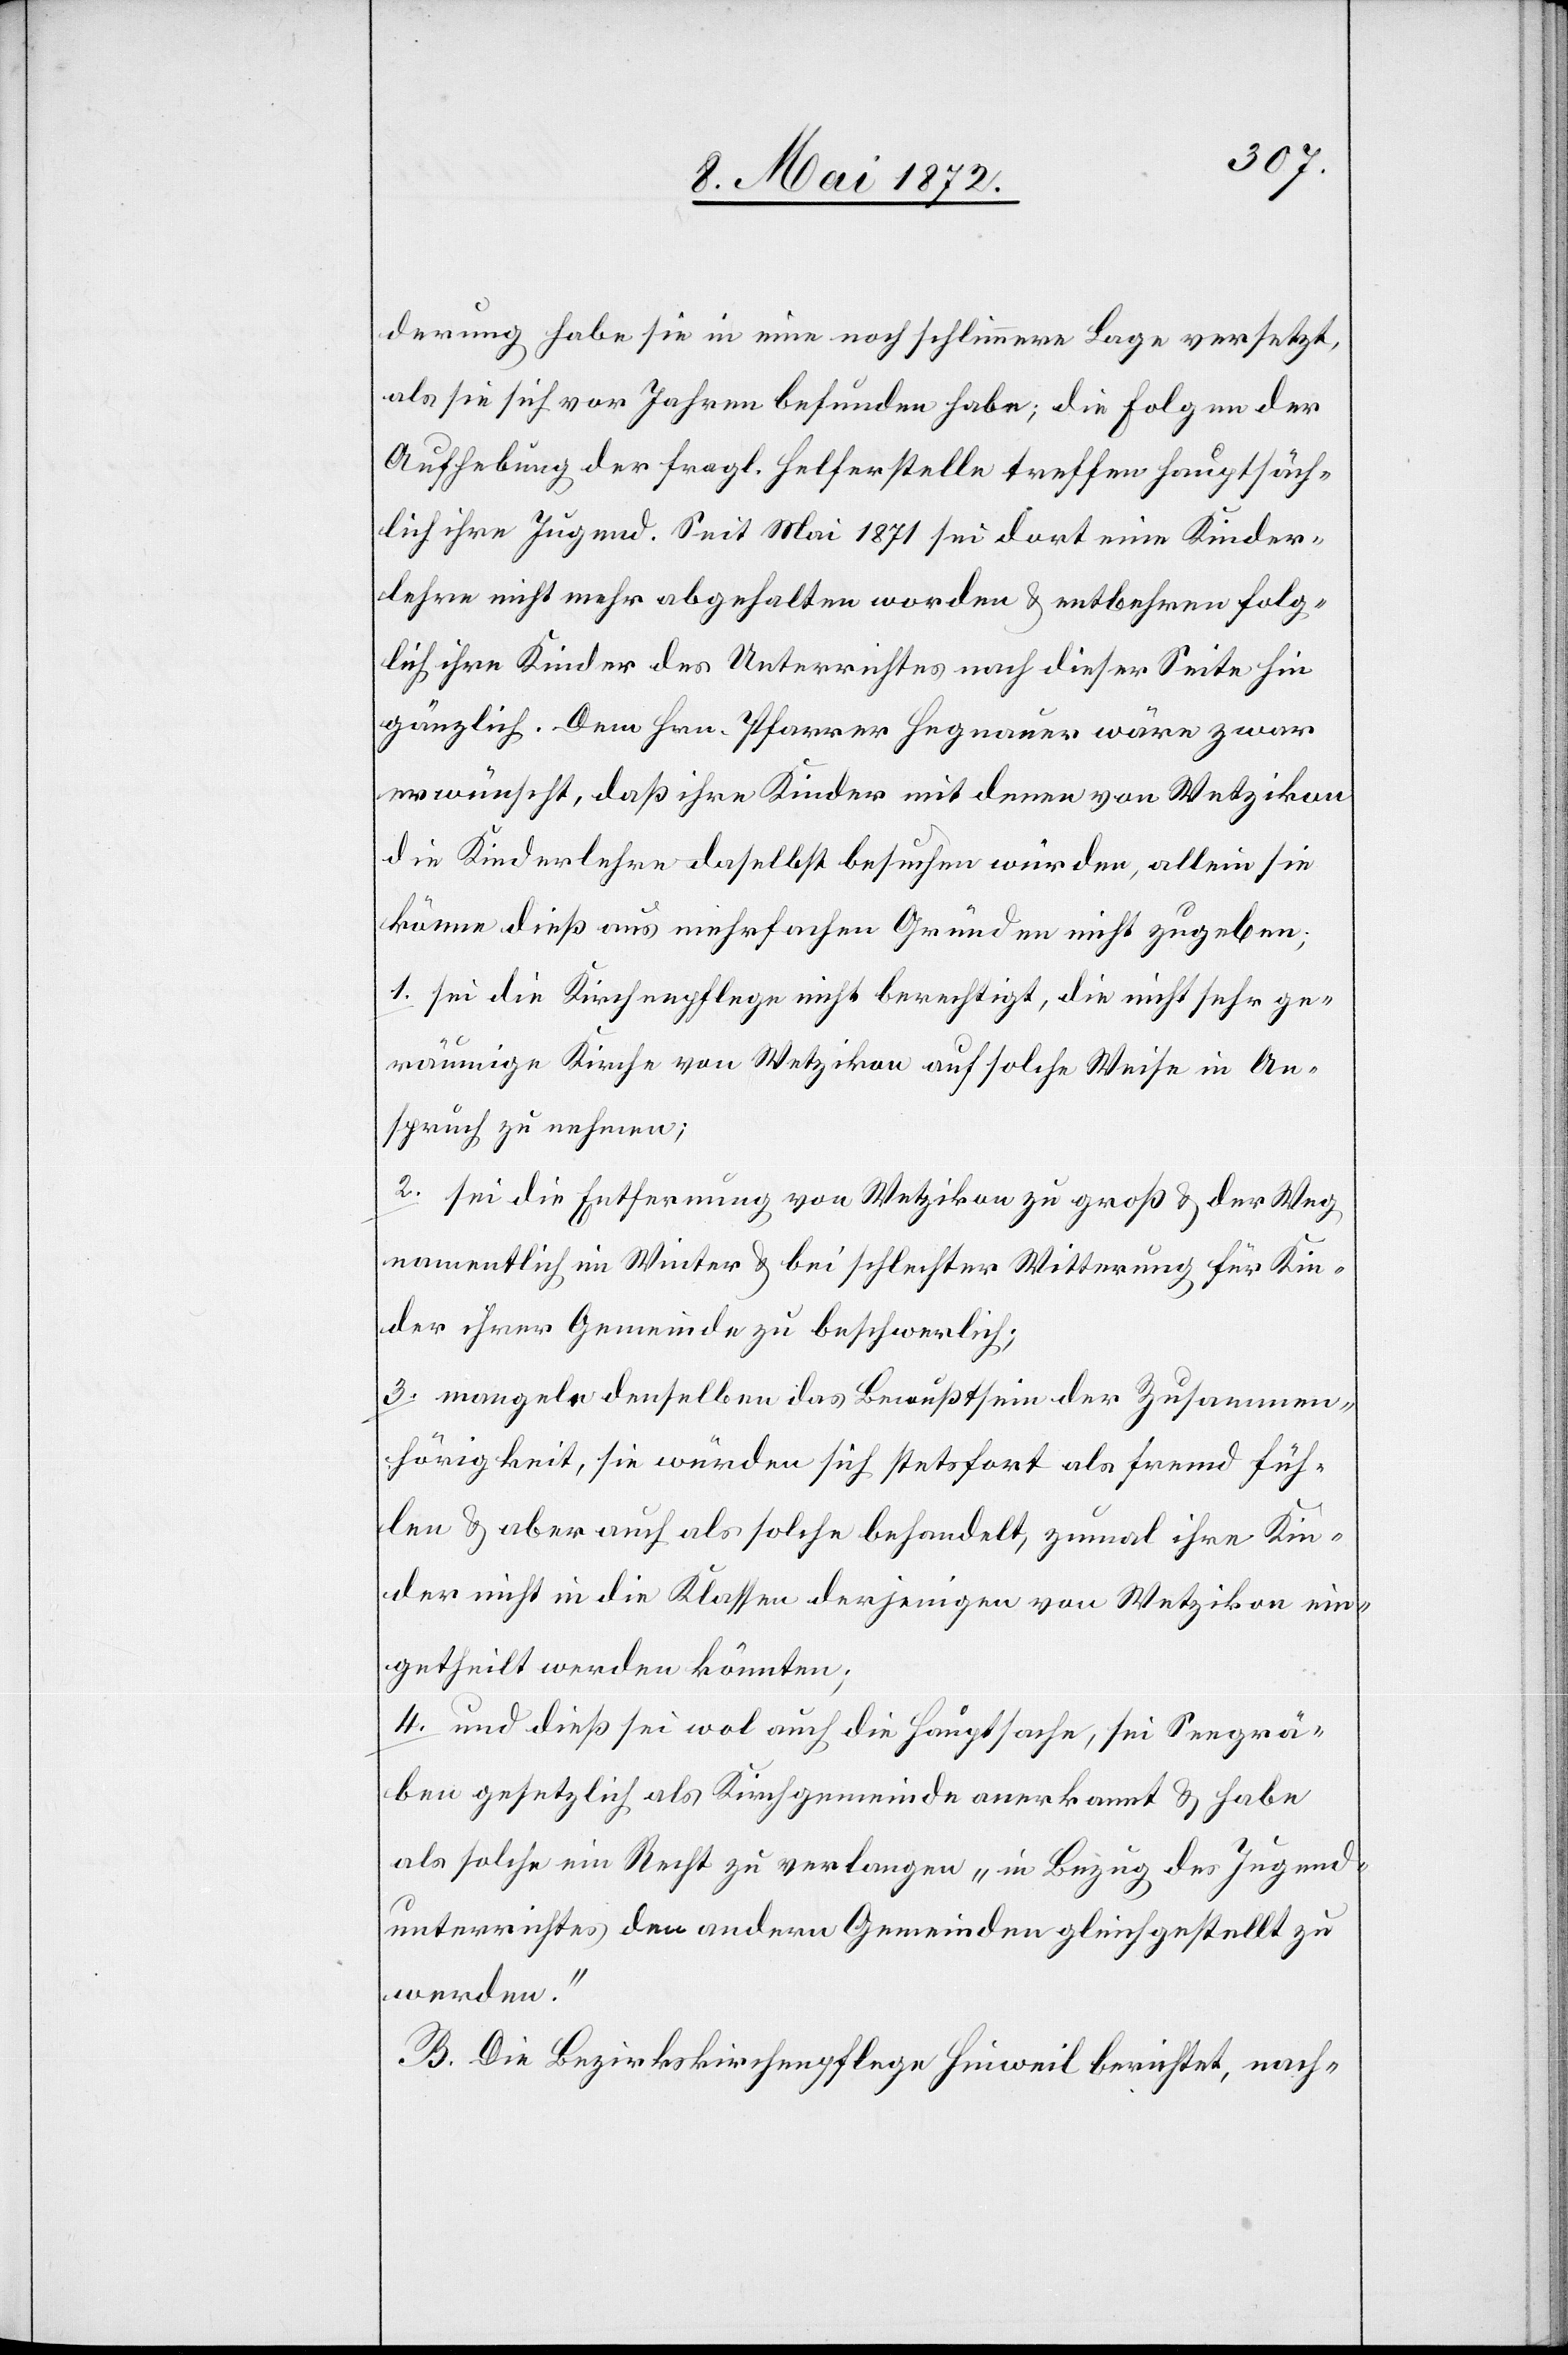
derung habe sie in eine noch schlimmere Lage versetzt,
als sie sich vor Jahren befunden habe; die Folgen der
Aufhebung der fragl. Helferstelle treffen hauptsäch¬
lich ihre Jugend. Seit Mai 1871 sei dort eine Kinder¬
lehre nicht mehr abgehalten worden u. entbehren folg¬
lich ihre Kinder des Unterrichtes nach dieser Seite hin
gänzlich. Dem Hrn. Pfarrer Hegnauer wäre zwar
erwünscht, daß ihre Kinder mit deren von Wetzikon
die Kinderlehre daselbst besuchen würden, allein sie
könne dieß aus mehrfachen Gründen nicht zugeben;
1. sei die Kirchenpflege nicht berechtigt, die nicht sehr ge¬
räumige Kirche von Wetzikon auf solche Weise in An¬
spruch zu nehmen;
2. sei die Entfernung von Wetzikon zu groß u. der Weg
namentlich im Winter u. bei schlechter Witterung für Kin¬
der ihrer Gemeinde zu beschwerlich;
3. mangele denselben das Bewußtsein der Zusammen¬
hörigkeit, sie würden sich stetsfort als fremd füh¬
len u. aber auch als solche behandelt, zumal ihre Kin¬
der nicht in die Klassen derjenigen von Wetzikon ein¬
getheilt werden könnten;
4. und dieß sei wol auch die Hauptsache, sei Seegrä¬
ben gesetzlich als Kirchgemeinde anerkannt u. habe
als solche ein Recht zu verlangen „in Bezug des Jugend¬
unterrichtes den andern Gemeinden gleichgestellt zu
werden.“
B. Die Bezirkskirchenpflege Hinweil berichtet, nach-